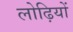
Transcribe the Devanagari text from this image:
लोढ़ियों